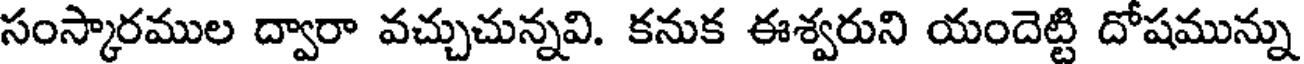
సంస్కారముల ద్వారా వచ్చుచున్నవి. కనుక ఈశ్వరుని యందెట్టి దోషమున్ను